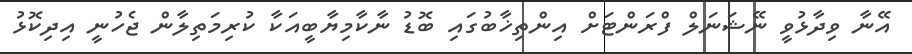
އޭނާ ވިދާޅުވީ ނޭޝަނަލް ފްރަންޓަށް އިންތިޚާބުގައި ބޮޑު ނާކާމިޔާބީއަކާ ކުރިމަތިލާން ޖެހުނީ އިދިކޮޅު